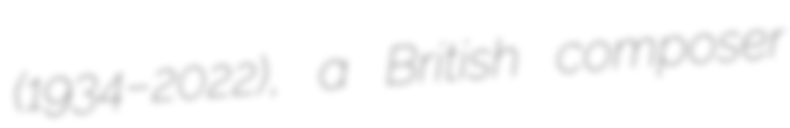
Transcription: (1934–2022), a British composer